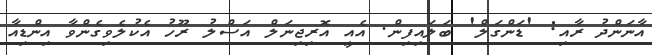
އާނަންދު ރާއި: 'ޑަންގަލް' ބަލައިފިން. އެއީ އޮރިޖިނަލް އަސްލު ރޫހު އެކުލެވިގެންވާ އިންޑިއާ